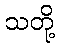
သတို့